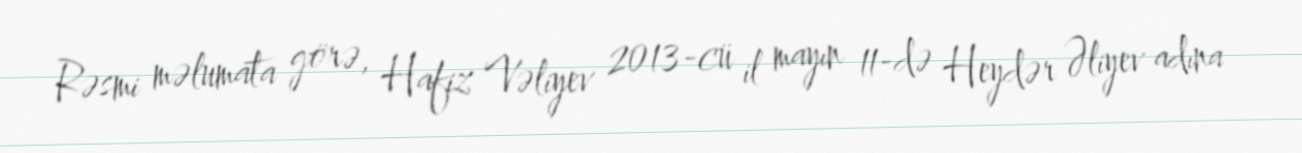
Rəsmi məlumata görə, Hafiz Vəliyev 2013-cü il mayın 11-də Heydər Əliyev adına